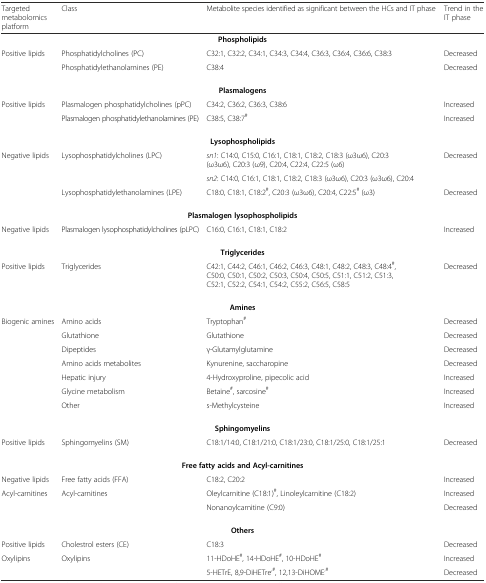
<table><thead><tr><td><b>Targeted metabolomics platform</b></td><td><b>Class</b></td><td><b>Metabolite species identified as significant between the HCs and IT phase</b></td><td><b>Trend in the IT phase</b></td></tr></thead><tbody><tr><td colspan="4"><b>Phospholipids</b></td></tr><tr><td rowspan="2">Positive lipids</td><td>Phosphatidylcholines (PC)</td><td>C32:1, C32:2, C34:1, C34:3, C34:4, C36:3, C36:4, C36:6, C38:3</td><td>Decreased</td></tr><tr><td>Phosphatidylethanolamines (PE)</td><td>C38:4</td><td>Decreased</td></tr><tr><td colspan="4"><b>Plasmalogens</b></td></tr><tr><td rowspan="2">Positive lipids</td><td>Plasmalogen phosphatidylcholines (pPC)</td><td>C34:2, C36:2, C36:3, C38:6</td><td>Increased</td></tr><tr><td>Plasmalogen phosphatidylethanolamines (PE)</td><td>C38:5, C38:7<sup>#</sup></td><td>Increased</td></tr><tr><td colspan="4"><b>Lysophospholipids</b></td></tr><tr><td rowspan="3">Negative lipids</td><td rowspan="2">Lysophosphatidylcholines (LPC)</td><td><i>sn1</i>: C14:0, C15:0, C16:1, C18:1, C18:2, C18:3 (ω3ω6), C20:3 (ω3ω6), C20:3 (ω9), C20:4, C22:4, C22:5 (ω6)</td><td rowspan="2">Decreased</td></tr><tr><td><i>sn2</i>: C14:0, C16:1, C18:1, C18:2, C18:3 (ω3ω6), C20:3 (ω3ω6), C20:4</td></tr><tr><td>Lysophosphatidylethanolamines (LPE)</td><td>C18:0, C18:1, C18:2<sup>#</sup>, C20:3 (ω3ω6), C20:4, C22:5<sup>#</sup> (ω3)</td><td>Decreased</td></tr><tr><td colspan="4"><b>Plasmalogen lysophospholipids</b></td></tr><tr><td>Negative lipids</td><td>Plasmalogen lysophosphatidylcholines (pLPC)</td><td>C16:0, C16:1, C18:1, C18:2</td><td>Increased</td></tr><tr><td colspan="4"><b>Triglycerides</b></td></tr><tr><td>Positive lipids</td><td>Triglycerides</td><td>C42:1, C44:2, C46:1, C46:2, C46:3, C48:1, C48:2, C48:3, C48:4<sup>#</sup>, C50:0, C50:1, C50:2, C50:3, C50:4, C50:5, C51:1, C51:2, C51:3, C52:1, C52:2, C54:1, C54:2, C55:2, C56:5, C58:5</td><td>Decreased</td></tr><tr><td colspan="4"><b>Amines</b></td></tr><tr><td rowspan="7">Biogenic amines</td><td>Amino acids</td><td>Tryptophan<sup>#</sup></td><td>Decreased</td></tr><tr><td>Glutathione</td><td>Glutathione</td><td>Decreased</td></tr><tr><td>Dipeptides</td><td>γ-Glutamylglutamine</td><td>Decreased</td></tr><tr><td>Amino acids metabolites</td><td>Kynurenine, saccharopine</td><td>Decreased</td></tr><tr><td>Hepatic injury</td><td>4-Hydroxyproline, pipecolic acid</td><td>Increased</td></tr><tr><td>Glycine metabolism</td><td>Betaine<sup>#</sup>, sarcosine<sup>#</sup></td><td>Increased</td></tr><tr><td>Other</td><td>s-Methylcysteine</td><td>Increased</td></tr><tr><td colspan="4"><b>Sphingomyelins</b></td></tr><tr><td>Positive lipids</td><td>Sphingomyelins (SM)</td><td>C18:1/14:0, C18:1/21:0, C18:1/23:0, C18:1/25:0, C18:1/25:1</td><td>Decreased</td></tr><tr><td colspan="4"><b>Free fatty acids and Acyl-carnitines</b></td></tr><tr><td>Negative lipids</td><td>Free fatty acids (FFA)</td><td>C18:2, C20:2</td><td>Increased</td></tr><tr><td rowspan="2">Acyl-carnitines</td><td rowspan="2">Acyl-carnitines</td><td>Oleylcarnitine (C18:1)<sup>#</sup>, Linoleylcarnitine (C18:2)</td><td>Increased</td></tr><tr><td>Nonanoylcarnitine (C9:0)</td><td>Decreased</td></tr><tr><td colspan="4"><b>Others</b></td></tr><tr><td>Positive lipids</td><td>Cholestrol esters (CE)</td><td>C18:3</td><td>Decreased</td></tr><tr><td rowspan="2">Oxylipins</td><td rowspan="2">Oxylipins</td><td>11-HDoHE<sup>#</sup>, 14-HDoHE<sup>#</sup>, 10-HDoHE<sup>#</sup></td><td>Increased</td></tr><tr><td>5-HETrE, 8,9-DiHETre<sup>,#</sup>, 12,13-DiHOME<sup>,#</sup></td><td>Decreased</td></tr></tbody></table>